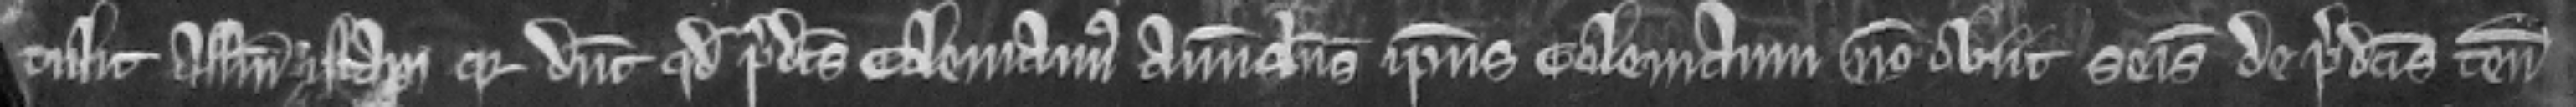
tulit assisam istam quia dicunt quod predictus Colemannus avunculus ipsius Colemanni non obit seisitus de predictis tenementis